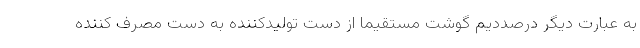
به عبارت دیگر درصددیم گوشت مستقیما از دست تولیدکننده به دست مصرف کننده